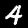
Digit: 4